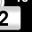
Digit: 2